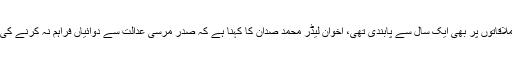
اخوانی قیادت کے مطابق سابق صدر کوقید خانے میں نارواسلوک کا نشانہ بنایا گیا،جبکہ ان کی ملاقاتوں پر بھی ایک سال سے پابندی تھی، اخوان لیڈر محمد صدان کا کہنا ہے کہ صدر مرسی عدالت سے دوائیاں فراہم نہ کرنے کی بھی شکایت کرچکے تھے، ان حالات میں ان کی موت کو طے شدہ قتل ہی قرار دیا جاسکتا ہے۔